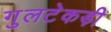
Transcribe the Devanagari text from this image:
गुलटेकड़ी